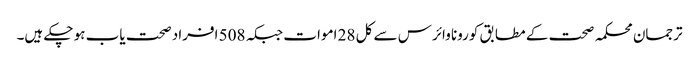
ترجمان محکمہ صحت کے مطابق کورونا وائرس سے کل 28 اموات جبکہ 508 افراد صحت یاب ہو چکے ہیں۔